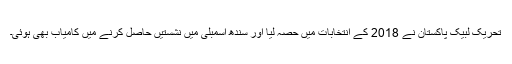
تحریک لبیک پاکستان نے 2018 کے انتخابات میں حصہ لیا اور سندھ اسمبلی میں نشستیں حاصل کرنے میں کامیاب بھی ہوئی۔